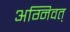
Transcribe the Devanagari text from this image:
अग्निवत्